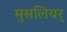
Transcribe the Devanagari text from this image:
मुसलियर्